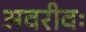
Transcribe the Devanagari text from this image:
अवरीवः